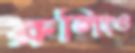
রুলিংও